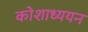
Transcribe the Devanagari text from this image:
कोशाध्ययन